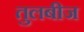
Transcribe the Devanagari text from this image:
तुलबीज